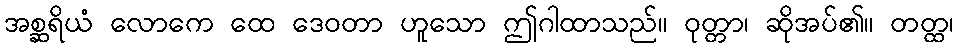
အစ္ဆရိယံ လောကေ ထေ ဒေဝတာ ဟူသော ဤဂါထာသည်။ ဝုတ္တာ၊ ဆိုအပ်၏။ တတ္ထ၊